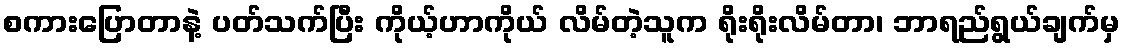
စကားပြောတာနဲ့ ပတ်သက်ပြီး ကိုယ့်ဟာကိုယ် လိမ်တဲ့သူက ရိုးရိုးလိမ်တာ၊ ဘာရည်ရွယ်ချက်မှ